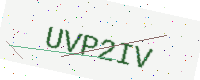
Text: UVP2IV